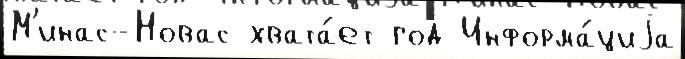
М'инас-Новас хвата́ет год Информа́циjа